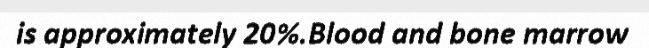
is approximately 20%.Blood and bone marrow